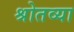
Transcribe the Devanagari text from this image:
श्रोतव्या